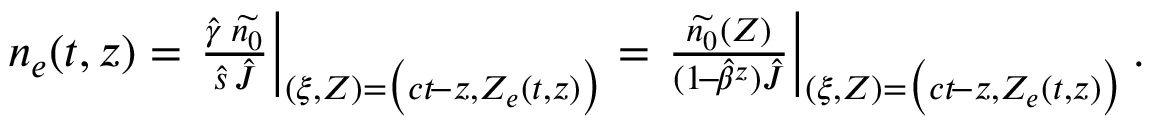
\begin{array} { r } { n _ { e } ( t , z ) = \left. \frac { \hat { \gamma } \: \widetilde { n _ { 0 } } } { \hat { s } \, \hat { J } } \right\vert _ { ( \xi , Z ) = \big ( c t \! - z , Z _ { e } ( t , z ) \big ) } = \left. \frac { \widetilde { n _ { 0 } } ( Z ) } { ( 1 \! - \! \hat { \beta } ^ { z } ) \hat { J } } \right\vert _ { ( \xi , Z ) = \big ( c t \! - z , Z _ { e } ( t , z ) \big ) } . } \end{array}